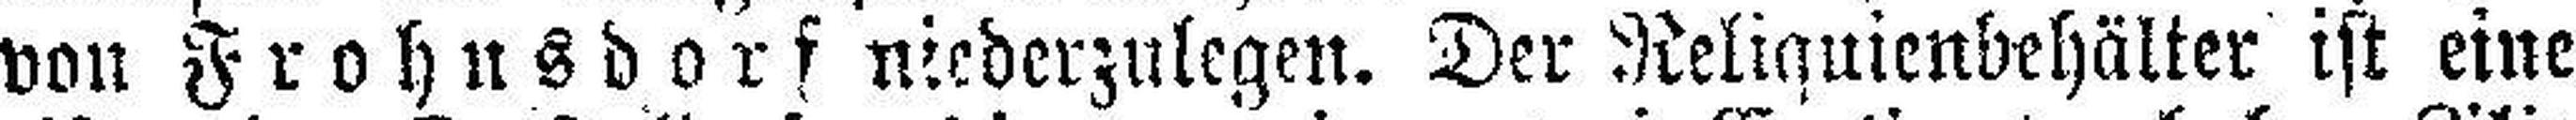
von Frohnsdorf niederzulegen. Der Reliquienbehälter ist eine